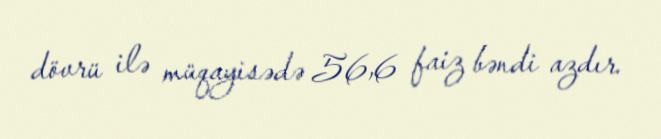
dövrü ilə müqayisədə 56,6 faiz bəndi azdır.